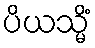
ပိယသ္မိံ